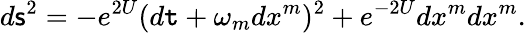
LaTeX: d\mathsf{s}^{2}=-e^{2U}(d\mathtt{t}+\omega_{m}dx^{m})^{2}+e^{-2U}dx^{m}dx^{m}.